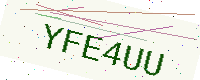
Text: YFE4UU